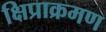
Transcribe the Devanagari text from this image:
क्षिप्राक्रमण